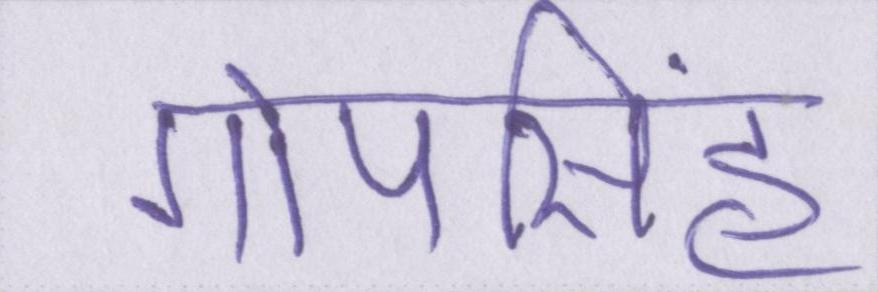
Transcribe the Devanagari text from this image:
गोपसिंह